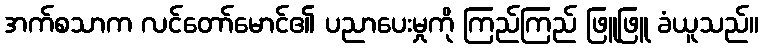
အက်စသာက လင်တော်မောင်၏ ပညာပေးမှုကို ကြည်ကြည် ဖြူဖြူ ခံယူသည်။